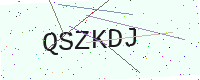
Text: QSZKDJ